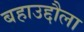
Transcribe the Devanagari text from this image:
बहाउद्दौला